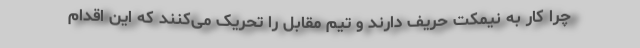
چرا کار به نیمکت حریف دارند و تیم مقابل را تحریک می‌کنند که این اقدام